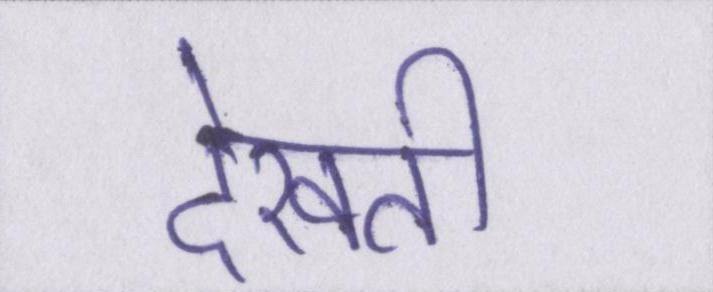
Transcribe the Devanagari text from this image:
देखती